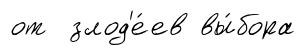
от злод'е́ев вы́бора